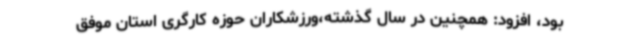
بود، افزود: همچنین در سال گذشته،ورزشکاران حوزه کارگری استان موفق